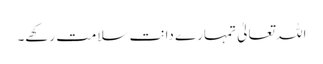
اللہ تعالیٰ تمہارے دانت سلامت رکھے۔